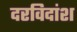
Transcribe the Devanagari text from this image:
दरविदांश